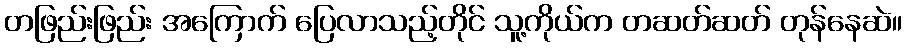
တဖြည်းဖြည်း အကြောက် ပြေလာသည့်တိုင် သူ့ကိုယ်က တဆတ်ဆတ် တုန်နေဆဲ။